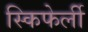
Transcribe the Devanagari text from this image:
स्किफेर्ली